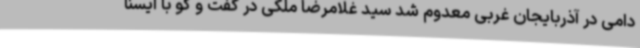
دامی در آذربایجان غربی معدوم شد سید غلامرضا ملکی در گفت و گو با ایسنا